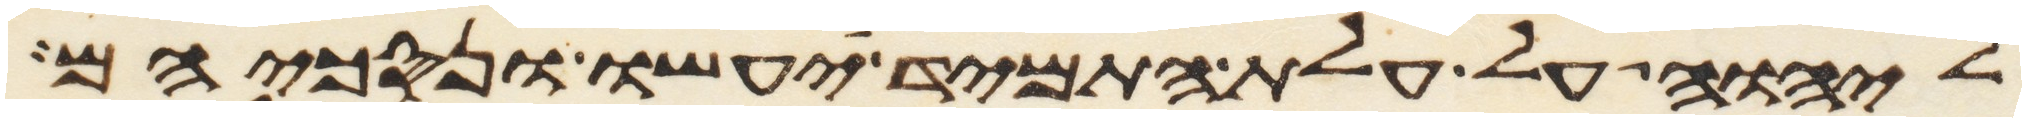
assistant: ליהוה על עלת התמיד יעשו ונסכיהם